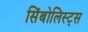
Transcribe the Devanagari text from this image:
सिंबोलिस्ट्स